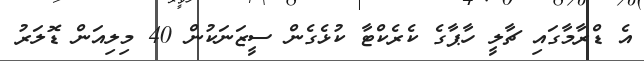
އެ ޑްރާމާގައި ޗާލީ ހާޕާގެ ކެރެކްޓާ ކުޅެގެން ސީޒަނަކުން 40 މިލިއަން ޑޮލަރު